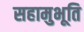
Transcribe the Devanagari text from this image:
सहामुभूति